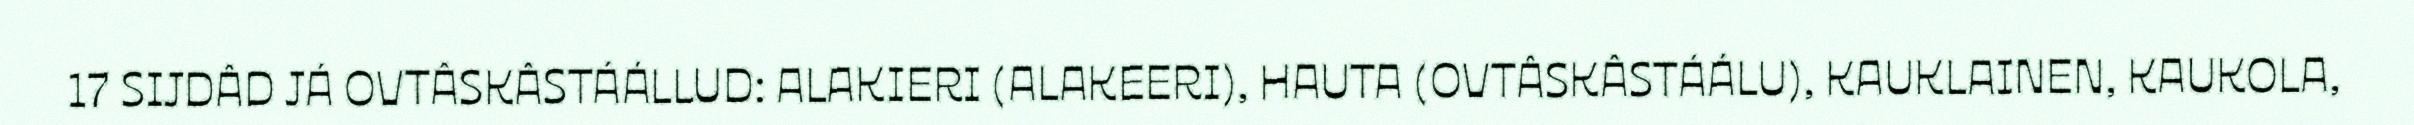
17 SIJDÂD JÁ OVTÂSKÂSTÁÁLLUD: ALAKIERI (ALAKEERI), HAUTA (OVTÂSKÂSTÁÁLU), KAUKLAINEN, KAUKOLA,